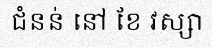
ជំនន់ នៅ ខែ វស្សា